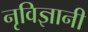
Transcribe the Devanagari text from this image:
नृविज्ञानी